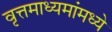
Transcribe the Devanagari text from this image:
वृत्तमाध्यमांमध्ये